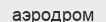
аэродром